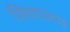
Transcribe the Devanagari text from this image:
सिवारमन